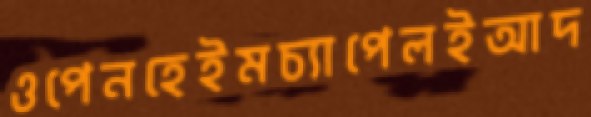
ওপেনহেইমচ্যাপেলইআদ